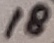
Text: 2K2